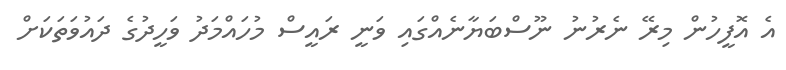
އެ އޮފީހުން މިރޭ ނެރުނު ނޫސްބަޔާނެއްގައި ވަނީ ރައީސް މުހައްމަދު ވަހީދުގެ ދައުވަތަކަށް